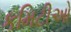
કમિટીઓ